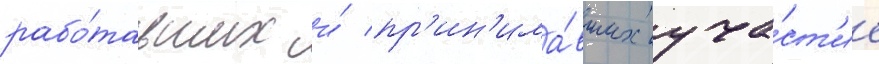
рабо́тавших и́ пр'ин'има́вших уча́ст'ие